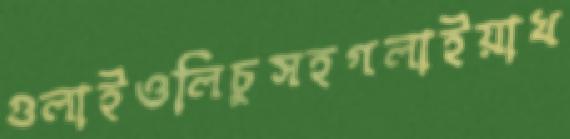
গুলাইওলিচুসহগলাইয়াখ